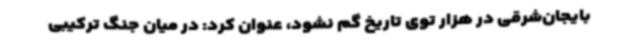
بایجان‌شرقی در هزار توی تاریخ گم نشود، عنوان کرد: در میان جنگ ترکیبی